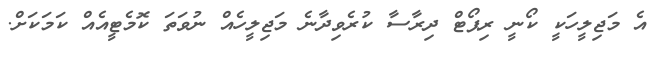
އެ މަޖިލީހަކީ ކޯނީ ރިޕޯޓް ދިރާސާ ކުރެވިދާނެ މަޖިލީހެއް ނުވަތަ ކޮމެޓީއެއް ކަމަކަށް.